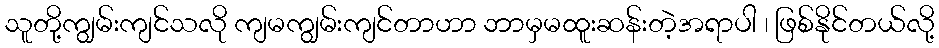
သူတို့ကျွမ်းကျင်သလို ကျမကျွမ်းကျင်တာဟာ ဘာမှမထူးဆန်းတဲ့အရာပါ ၊ ဖြစ်နိုင်တယ်လို့